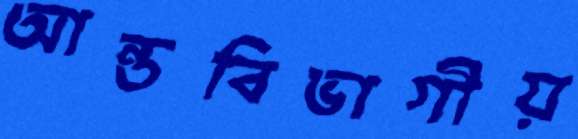
আন্তবিভাগীয়